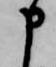
申